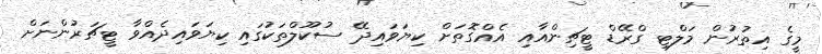
މީގެ އިތުރުން މަލްޓި ގްރޭޑް ޓީޗިންއާއި އެއްގޮތަށް ކިޔަވައިދޭ ސުކޫލްތަކުގައި ކިޔަވައިދެއްވާ ޓީޗަރުންނަށް